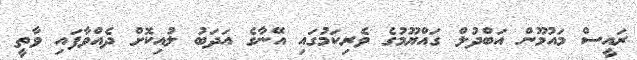
ރައީސް މައުމޫން އަބްދުލް ގައްޔޫމުގެ ވެރިކަމުގައި އޭނާގެ އަދަބު ލުއިކޮށް ދެއްވާފައި ވާތީ